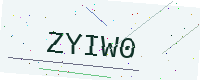
Text: ZYIW0